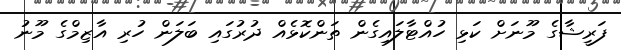
ފަރީޝާގެ މޫނަށް ކަޅި ހުއްޓާލައިގެން ތަންކޮޅެއް ދުރުގައި ބަލަން ހުރި އާޒިމްގެ މޫނު